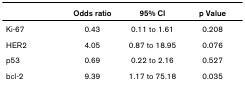
<table><thead><tr><td></td><td><b>Odds ratio</b></td><td><b>95% CI</b></td><td><b>p Value</b></td></tr></thead><tbody><tr><td>Ki-67</td><td>0.43</td><td>0.11 to 1.61</td><td>0.208</td></tr><tr><td>HER2</td><td>4.05</td><td>0.87 to 18.95</td><td>0.076</td></tr><tr><td>p53</td><td>0.69</td><td>0.22 to 2.16</td><td>0.527</td></tr><tr><td>bcl-2</td><td>9.39</td><td>1.17 to 75.18</td><td>0.035</td></tr></tbody></table>